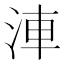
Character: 𣵐